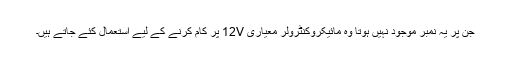
جن پر یہ نمبر موجود نہیں ہوتا وہ مائیکروکنٹرولر معیاری 12V پر کام کرنے کے لیے استعمال کئے جاتے ہیں۔